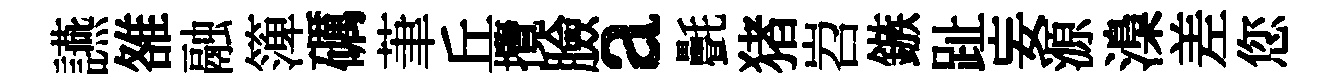
讌雒融𥱼礪茟丘攬臉a㲲猪岧鏃趾妄源𣻏差您